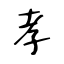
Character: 孝